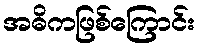
အဓိကဖြစ်ကြောင်း